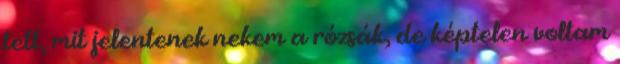
tett, mit jelentenek nekem a rózsák, de képtelen voltam